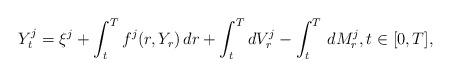
LaTeX: \begin{align*}Y^{j}_{t}=\xi^{j}+\int_{t}^{T}f^{j}(r,Y_r)\,dr +\int_t^TdV^j_r-\int_{t}^{T}\,dM_r^j,t\in [0,T],\end{align*}